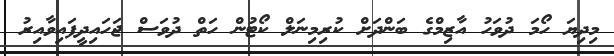
މިދިޔަ ހޯމަ ދުވަހު އާޒިމްގެ ބަންދަށް ކުރިމިނަލް ކޯޓުން ހަތް ދުވަސް ޖަހައިދީފައިވާއިރު